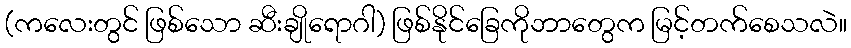
(ကလေးတွင် ဖြစ်သော ဆီးချိုရောဂါ) ဖြစ်နိုင်ခြေကိုဘာတွေက မြင့်တက်စေသလဲ။